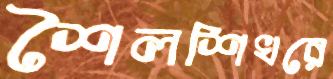
শৈলশিখরে